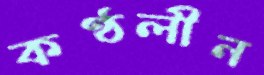
কণ্ঠলীন